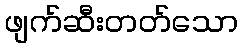
ဖျက်ဆီးတတ်သော